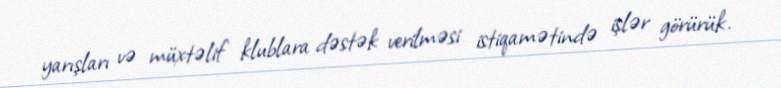
yarışları və müxtəlif klublara dəstək verilməsi istiqamətində işlər görürük.